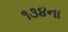
૧૩૪ના